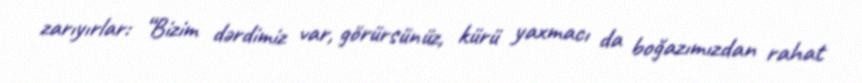
zarıyırlar: “Bizim dərdimiz var, görürsünüz, kürü yaxmacı da boğazımızdan rahat